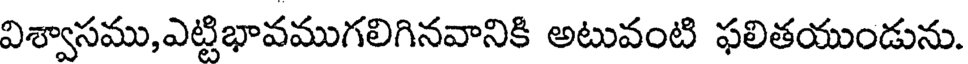
విశ్వాసము,ఎట్టిభావముగలిగినవానికి అటువంటి ఫలితయుండును.